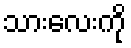
သားလေးကို